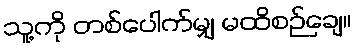
သူ့ကို တစ်ပေါက်မျှ မထိစဉ်ချေ။